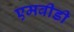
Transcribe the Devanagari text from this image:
एमवीडी